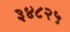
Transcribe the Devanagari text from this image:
३४८२५